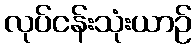
လုပ်ငန်းသုံးယာဉ်